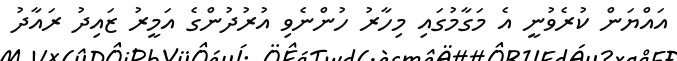
އައްޔަން ކުރެވުނީ އެ މަގާމުގައި މިހާރު ހުންނެވި އުރުދުންގެ އަމީރު ޒައިދު ރައާދު